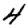
Digit: 4